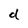
Character: d